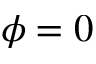
\phi = 0